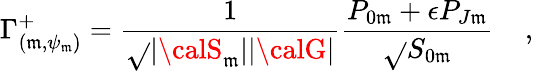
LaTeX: \Gamma_{(\mathfrak{m},\psi_{\mathfrak{m}})}^{+}={\frac{{1}}{{\sqrt{}{{|{\calS}_{\mathfrak{m}}||{\calG}|}}}}}{\frac{{{P}_{0\mathfrak{m}}+\epsilon{P}_{J\mathfrak{m}}}}{{\sqrt{}{{{S}_{0\mathfrak{m}}}}}}}\; \; \; \; ,